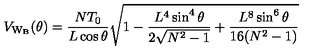
V _ { \mathrm { W _ { B } } } ( \theta ) = \frac { N T _ { 0 } } { L \cos { \theta } } \sqrt { 1 - \frac { L ^ { 4 } \sin ^ { 4 } { \theta } } { 2 \sqrt { N ^ { 2 } - 1 } } + \frac { L ^ { 8 } \sin ^ { 6 } { \theta } } { 1 6 ( N ^ { 2 } - 1 ) } }